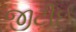
જીટીઈ